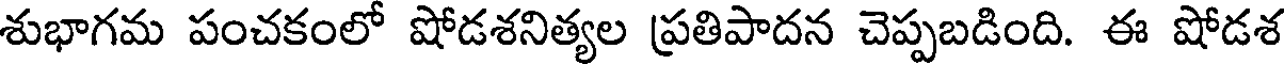
శుభాగమ పంచకంలో షోడశనిత్యల ప్రతిపాదన చెప్పబడింది. ఈ షోడశ